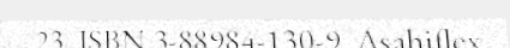
. 23. ISBN 3-88984-130-9 .Asahiflex